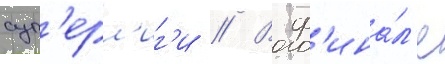
суп'ерл'иг'и // В ф'ина́л'е